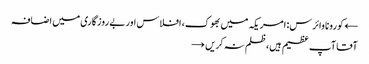
← کورونا وائرس: امریکہ میں بھوک، افلاس اور بے روزگاری میں اضافہ
آقا آپ عظیم ہیں، ظلم نہ کریں →